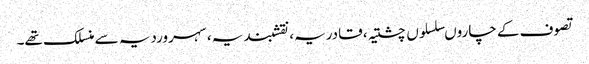
تصوف کے چاروںسلسلوں چشتیہ، قادریہ، نقشبندیہ، سہروردیہ سے منسلک تھے۔